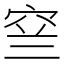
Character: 𱶳